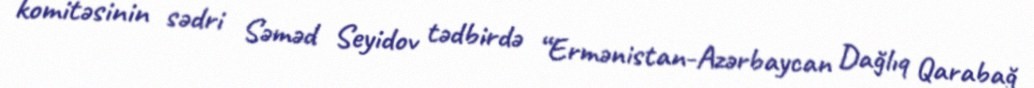
komitəsinin sədri Səməd Seyidov tədbirdə “Ermənistan-Azərbaycan Dağlıq Qarabağ